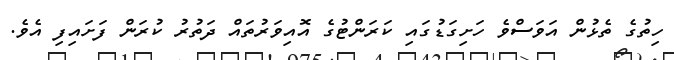
ހިތުގެ ތެޅުން އަވަސްވެ ހަށިގަޑުގައި ކަރަންޓުގެ އޮއިވަރުތައް ދަތުރު ކުރަން ފަށައިފި އެވެ.